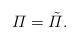
LaTeX: \begin{align*} \varPi=\tilde\varPi. \end{align*}